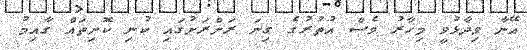
އޭނާ ވިދާޅުވީ މިހާރު ވެސް އުތުރުގެ ގިނަ ރަށްރަށުގައި ކުނި ކޮށިތައް ގާއިމު